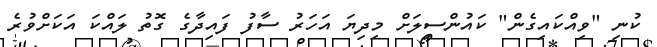
ކުނި "ވިއްކައިގެން" ކައުންސިލަށް މިދިޔަ އަހަރު ސާފު ފައިދާގެ ގޮތު ލައްކަ އަކަށްވުރެ